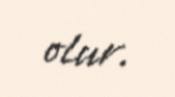
olur.